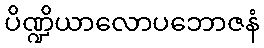
ပိဏ္ဍိယာလောပဘောဇနံ